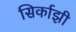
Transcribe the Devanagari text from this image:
सिर्काझी